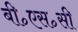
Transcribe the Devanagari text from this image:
बी॰एस॰सी